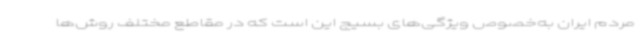
مردم ایران به‌خصوص ویژگی‌های بسیج این است که در مقاطع مختلف روش‌ها